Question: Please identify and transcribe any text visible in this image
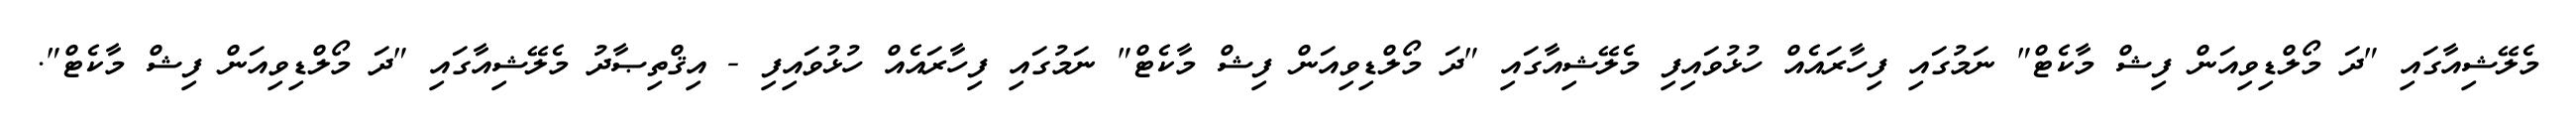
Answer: މެލޭޝިއާގައި "ދަ މޯލްޑިވިއަން ފިޝް މާކެޓް" ނަމުގައި ފިހާރައެއް ހުޅުވައިފި މެލޭޝިއާގައި "ދަ މޯލްޑިވިއަން ފިޝް މާކެޓް" ނަމުގައި ފިހާރައެއް ހުޅުވައިފި - އިޤްތިޞާދު މެލޭޝިއާގައި "ދަ މޯލްޑިވިއަން ފިޝް މާކެޓް".